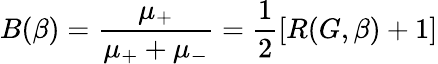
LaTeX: B(\beta)=\frac{\mu_{+}}{\mu_{+}+\mu_{-}}=\frac{1}{2}\left[R(G,\beta)+1\right]